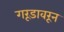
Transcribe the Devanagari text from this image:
गरूडावरून